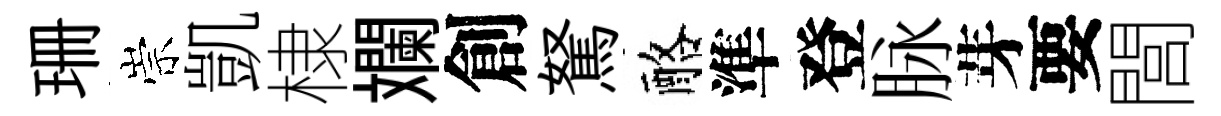
珊崇凱棣斕創駑酪準登脉芽要閭